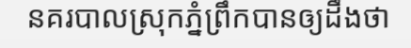
នគរបាលស្រុកភ្នំព្រឹកបានឲ្យដឹងថា